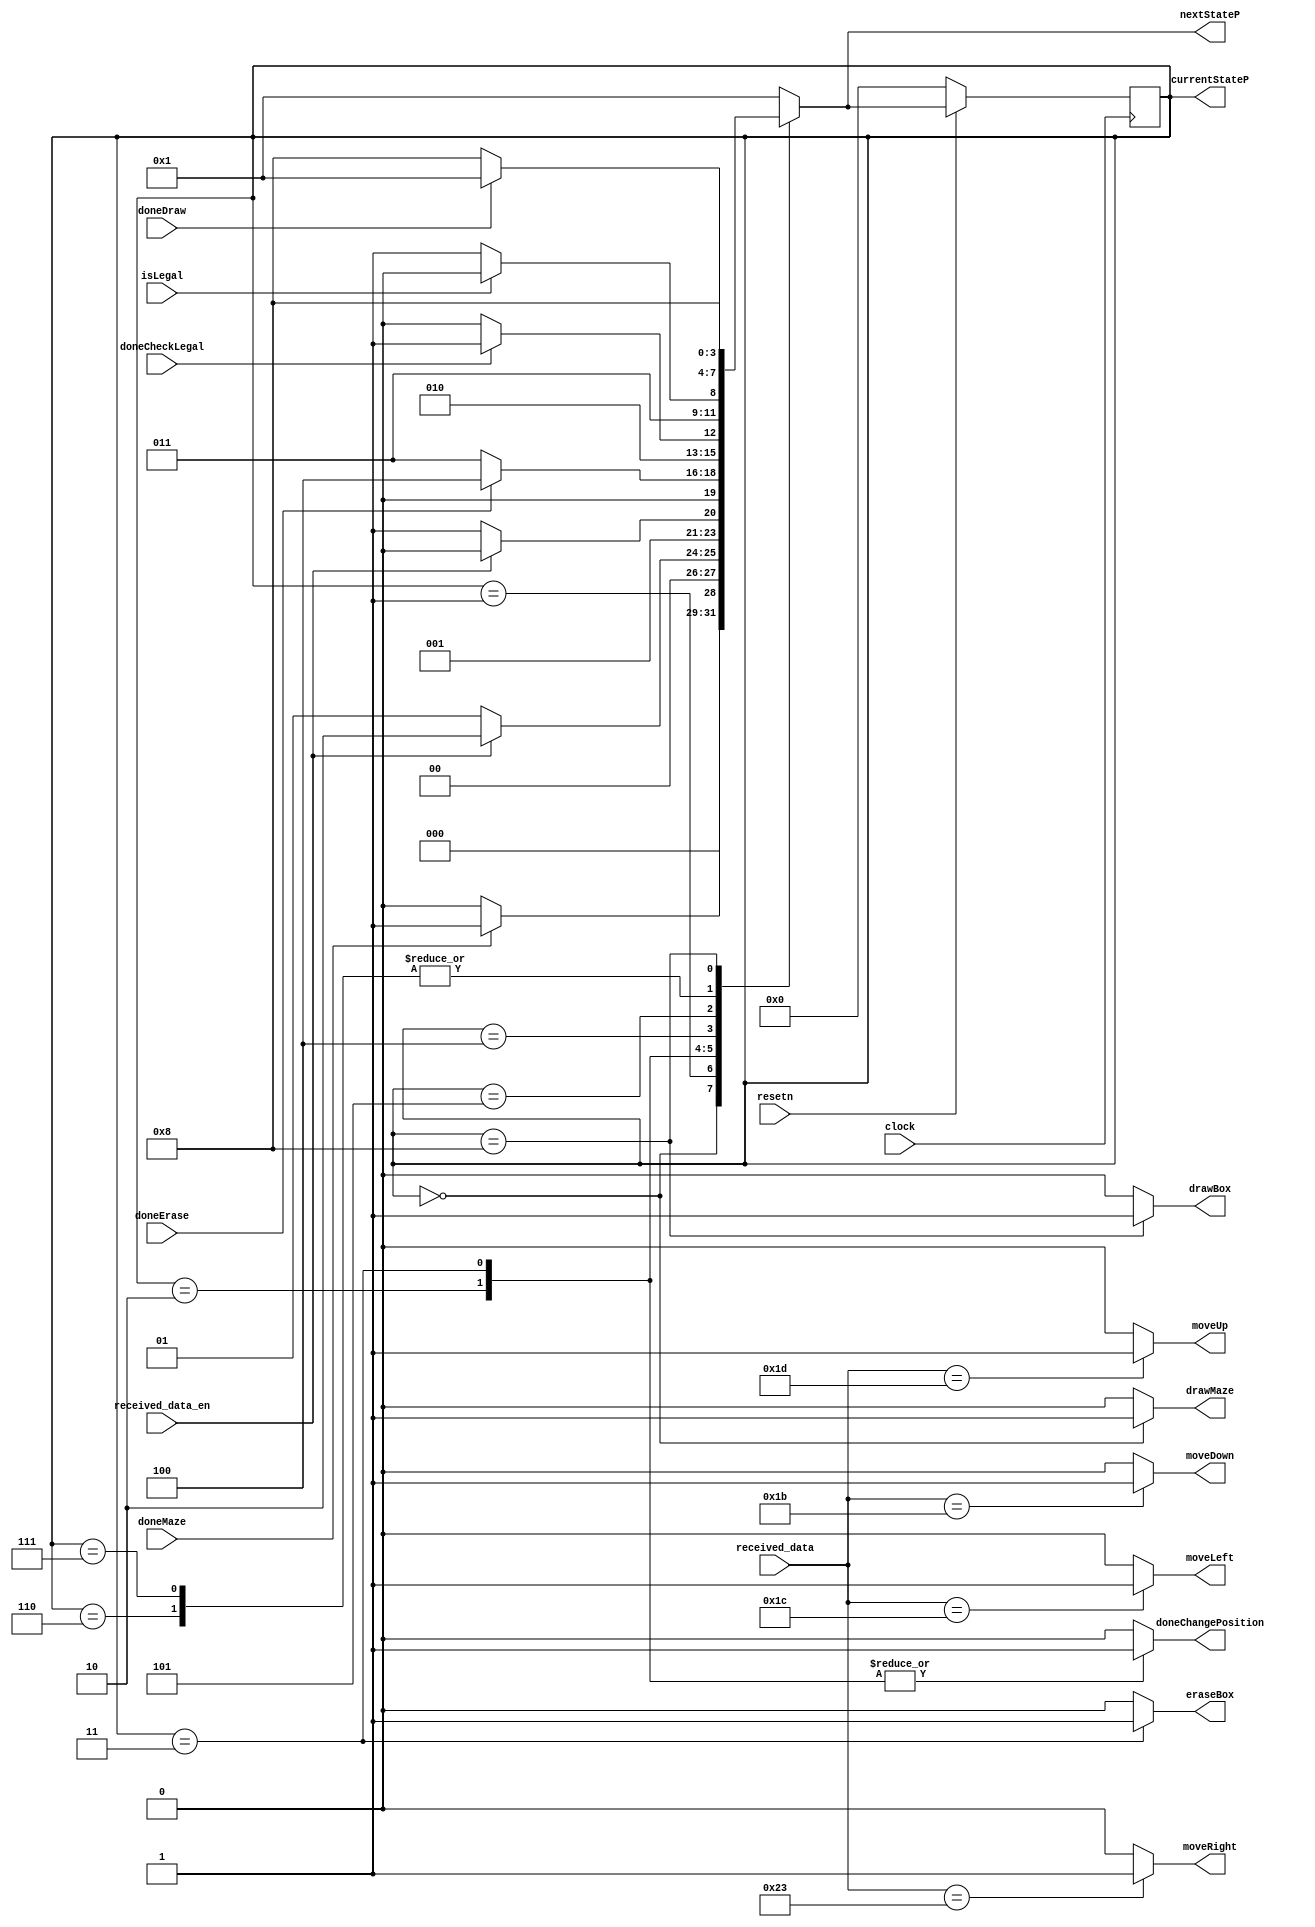
module positionControl(
	input clock,
	input resetn,
	input received_data_en,
	input [7:0] received_data,
	input doneCheckLegal,
	input isLegal,
	input doneMaze,
	input doneDraw,
	input doneErase,
	output reg moveUp,
	output reg moveDown,
	output reg moveLeft,
	output reg moveRight,
	output reg drawBox,
	output reg eraseBox,
	output reg drawMaze,
	output reg doneChangePosition,
	output reg [3:0] currentStateP, nextStateP
	);
	
	//reg [3:0] currentStateP, nextStateP;
	
	localparam  DRAW_MAZE 				= 4'd0,
					IDLE 						= 4'd1,
					LOAD_DIRECTION 		= 4'd2,
					DELETE_OLD 				= 4'd3,
					CHANGE_POSITION 		= 4'd4,
					MODIFICATIONS 			= 4'd5,
					CHANGE_CURRENT 		= 4'd6,
					DONT_CHANGE_CURRENT 	= 4'd7,
					DRAW_NEW 				= 4'd8;
				
	//next state logic
	//Question: what do I do exactly with the next state info?
	//should i send out the changePosition done flag only?
	//do I need to enable the registers to read/write data?
	always @ (*)
	begin: state_table
		case(currentStateP)
			DRAW_MAZE:				nextStateP = doneMaze ? IDLE : DRAW_MAZE;
			IDLE: 					nextStateP = received_data_en ? LOAD_DIRECTION : IDLE;
			LOAD_DIRECTION: 		nextStateP = received_data_en ? LOAD_DIRECTION : DELETE_OLD;
			DELETE_OLD: 			nextStateP = doneErase ? CHANGE_POSITION : DELETE_OLD;
			CHANGE_POSITION: 		nextStateP = doneCheckLegal ? MODIFICATIONS : CHANGE_POSITION;
			MODIFICATIONS: 		nextStateP = isLegal ? CHANGE_CURRENT : DONT_CHANGE_CURRENT;
			CHANGE_CURRENT: 		nextStateP = DRAW_NEW;
			DONT_CHANGE_CURRENT: nextStateP = DRAW_NEW;
			DRAW_NEW: 				nextStateP = doneDraw ? IDLE : DRAW_NEW;
			default: 				nextStateP = IDLE;
		endcase
	end
	
	//raising the doneChangePosition flag
	//if you needed enable signals for the registers, this is where you would add them
	//just change the states to have begin/end
	always @ (*)
	begin: isDoneChangingPosition
		doneChangePosition = 1'b0;
		drawBox = 1'b0;
		eraseBox = 1'b0;
		drawMaze = 1'b0;
		
		case(currentStateP)
			DRAW_MAZE: drawMaze = 1'b1;
			
			IDLE: doneChangePosition = 1'b0;
			
			LOAD_DIRECTION: doneChangePosition = 1'b1;
			
			DELETE_OLD: begin
				eraseBox = 1'b1;
				doneChangePosition = 1'b1;
			end
			
			CHANGE_POSITION: doneChangePosition = 1'b0;
			
			MODIFICATIONS: doneChangePosition = 1'b0;
			
			//where should i raise the flag that the position has changed?
			//CHANGE_CURRENT: //doneChangePosition = 1'b0;
			
			//DONT_CHANGE_CURRENT: //doneChangePosition = 1'b0;
			
			DRAW_NEW: drawBox = 1'b1;
			
			//default: doneChangePosition = 1'b0; //technically don't need default
		endcase
	end
	
	localparam  W = 8'h1d; //move up
	localparam	A = 8'h1c; //move left
	localparam	S = 8'h1b; //move down
	localparam	D = 8'h23; //move right
				
	//determine if key pressed corresponds to moving up/down/left/right
	always @ (*)
	begin: directionOfMovement
	
		moveUp = 1'b0;
		moveDown = 1'b0;
		moveRight = 1'b0;
		moveLeft = 1'b0;
		
		case(received_data)
			A: moveLeft = 1'b1;
			
			D: moveRight = 1'b1;
			
			W: moveUp = 1'b1;
			
			S: moveDown = 1'b1;
			//don't need default since variables are already initialized at the top of the case statement
			default: begin
				moveUp = 1'b0;
				moveDown = 1'b0;
				moveRight = 1'b0;
				moveLeft = 1'b0;
			end
			
		endcase
	end
	
	//current state registers
	always @ (posedge clock)
	begin: state_FFs
		if(!resetn)
			currentStateP <= DRAW_MAZE;
		else
			currentStateP <= nextStateP;
	end

endmodule